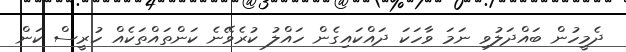
ދެމީހުން ބައްދަލުވި ނަމަ ވާހަކަ ދައްކައިގެން ހައްލު ކުރެވޭނެ ކަންތައްތަކެއް ހުރީސް ކަން